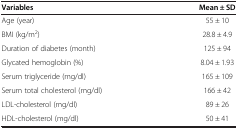
| Variables | Mean ± SD |
 | --- | --- |
 | Age (year) | 55 ± 10 |
 | BMI (kg/m2) | 28.8 ± 4.9 |
 | Duration of diabetes (month) | 125 ± 94 |
 | Glycated hemoglobin (%) | 8.04 ± 1.93 |
 | Serum triglyceride (mg/dl) | 165 ± 109 |
 | Serum total cholesterol (mg/dl) | 166 ± 42 |
 | LDL-cholesterol (mg/dl) | 89 ± 26 |
 | HDL-cholesterol (mg/dl) | 50 ± 41 |